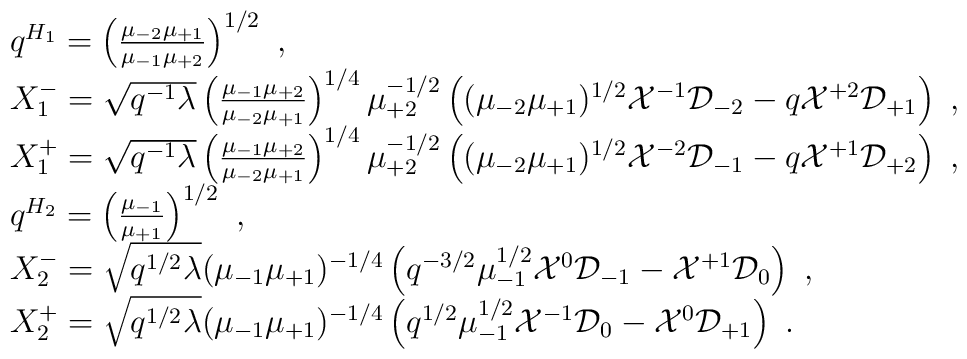
\begin{array}{l}q^{H_1}=\left(\frac{\mu_{-2}\mu_{+1}}{\mu_{-1}\mu_{+2}}\right)^{1/2}~,\\X^-_1=\sqrt{q^{-1}\lambda}\left(\frac{\mu_{-1}\mu_{+2}}{\mu_{-2}\mu_{+1}}\right)^{1/4}\mu_{+2}^{-1/2}\left((\mu_{-2}\mu_{+1})^{1/2}{\cal X}^{-1}{\cal D}_{-2}-q{\cal X}^{+2}{\cal D}_{+1}\right)~,\\X^+_1=\sqrt{q^{-1}\lambda}\left(\frac{\mu_{-1}\mu_{+2}}{\mu_{-2}\mu_{+1}}\right)^{1/4}\mu_{+2}^{-1/2}\left((\mu_{-2}\mu_{+1})^{1/2}{\cal X}^{-2}{\cal D}_{-1}-q{\cal X}^{+1}{\cal D}_{+2}\right)~,\\q^{H_2}=\left(\frac{\mu_{-1}}{\mu_{+1}}\right)^{1/2}~,\\X^-_2=\sqrt{q^{1/2}\lambda}(\mu_{-1}\mu_{+1})^{-1/4}\left(q^{-3/2}\mu_{-1}^{1/2}{\cal X}^0{\cal D}_{-1}-{\cal X}^{+1}{\cal D}_0\right)~,\\X^+_2=\sqrt{q^{1/2}\lambda}(\mu_{-1}\mu_{+1})^{-1/4}\left(q^{1/2}\mu_{-1}^{1/2}{\cal X}^{-1}{\cal D}_0-{\cal X}^0{\cal D}_{+1}\right)~.\end{array}